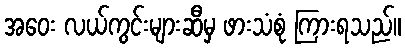
အဝေး လယ်ကွင်းများဆီမှ ဖားသံစုံ ကြားရသည်။